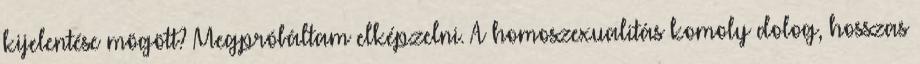
kijelentése mögött? Megpróbáltam elképzelni. A homoszexualitás komoly dolog, hosszas